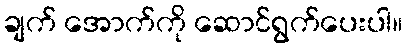
ချက် အောက်ကို ဆောင်ရွက်ပေးပါ။